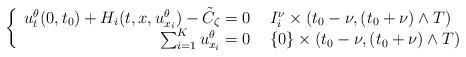
LaTeX: \begin{align*} \left\{ \begin{array}{r l}u_{t}^{\theta}(0,t_{0}) + H_{i}(t,x,u_{x_{i}}^{\theta}) - \tilde{C}_{\zeta} = 0 & \, \, I_{i}^{\nu} \times (t_{0} - \nu,(t_{0} + \nu) \wedge T) \\\sum_{i = 1}^{K} u_{x_{i}}^{\theta} = 0 & \, \, \{0\} \times (t_{0} - \nu, (t_{0} + \nu) \wedge T)\end{array} \right.\end{align*}